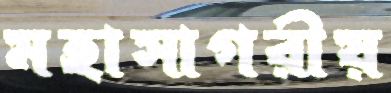
মহাসাগরীয়